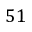
5 1